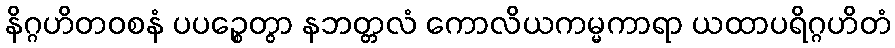
နိဂ္ဂဟိတဝစနံ ပပဉ္စေတွာ နဘတ္တလံ ကောလိယကမ္မကာရာ ယထာပရိဂ္ဂဟိတံ